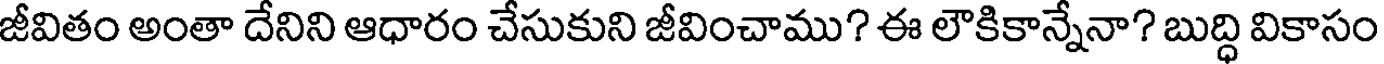
జీవితం అంతా దేనిని ఆధారం చేసుకుని జీవించాము? ఈ లౌకికాన్నేనా? బుద్ధి వికాసం